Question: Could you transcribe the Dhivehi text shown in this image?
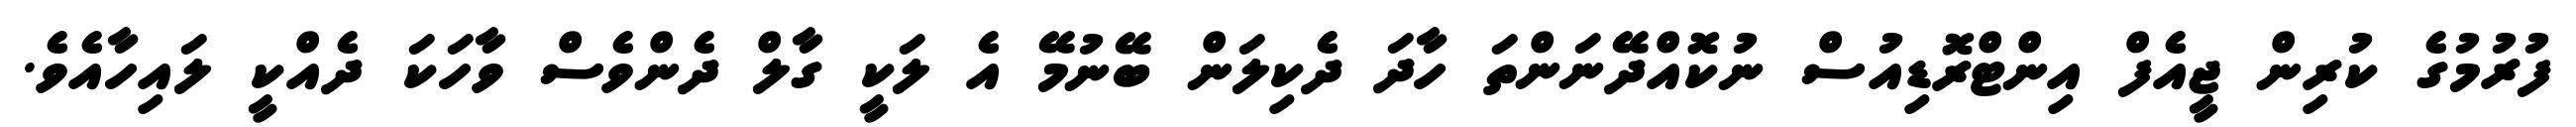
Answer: ފުރުމުގެ ކުރިން ޖީއެފް އިންޓްރޮޑިއުސް ނުކޮއްދޭނަންތަ ހާދަ ދެކިލަން ބޭނުމޭ އެ ލަކީ ގާލް ދެންވެސް ވާހަކަ ދެއްކީ ލައިހާއެވެ.